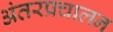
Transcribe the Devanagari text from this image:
अंतरप्रचालन